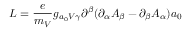
{ \cal L } = \frac { e } { m _ { V } } g _ { a _ { 0 } V \gamma } \partial ^ { \beta } ( \partial _ { \alpha } A _ { \beta } - \partial _ { \beta } A _ { \alpha } ) a _ { 0 }